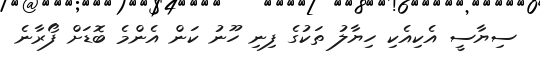
ސިޔާސީ އެކިއެކި ހިޔާލު ތަކުގެ ފިނި ހޫނު ކަން އެންމެ ބޮޑަށް ފޯރާނެ